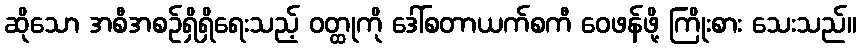
ဆိုသော အစီအစဉ်ရှိရှိရေးသည့် ဝတ္ထုကို ဒေါ်စတာယက်စကီ ဝေဖန်ဖို့ ကြိုးစား သေးသည်။